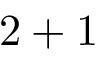
2 + 1